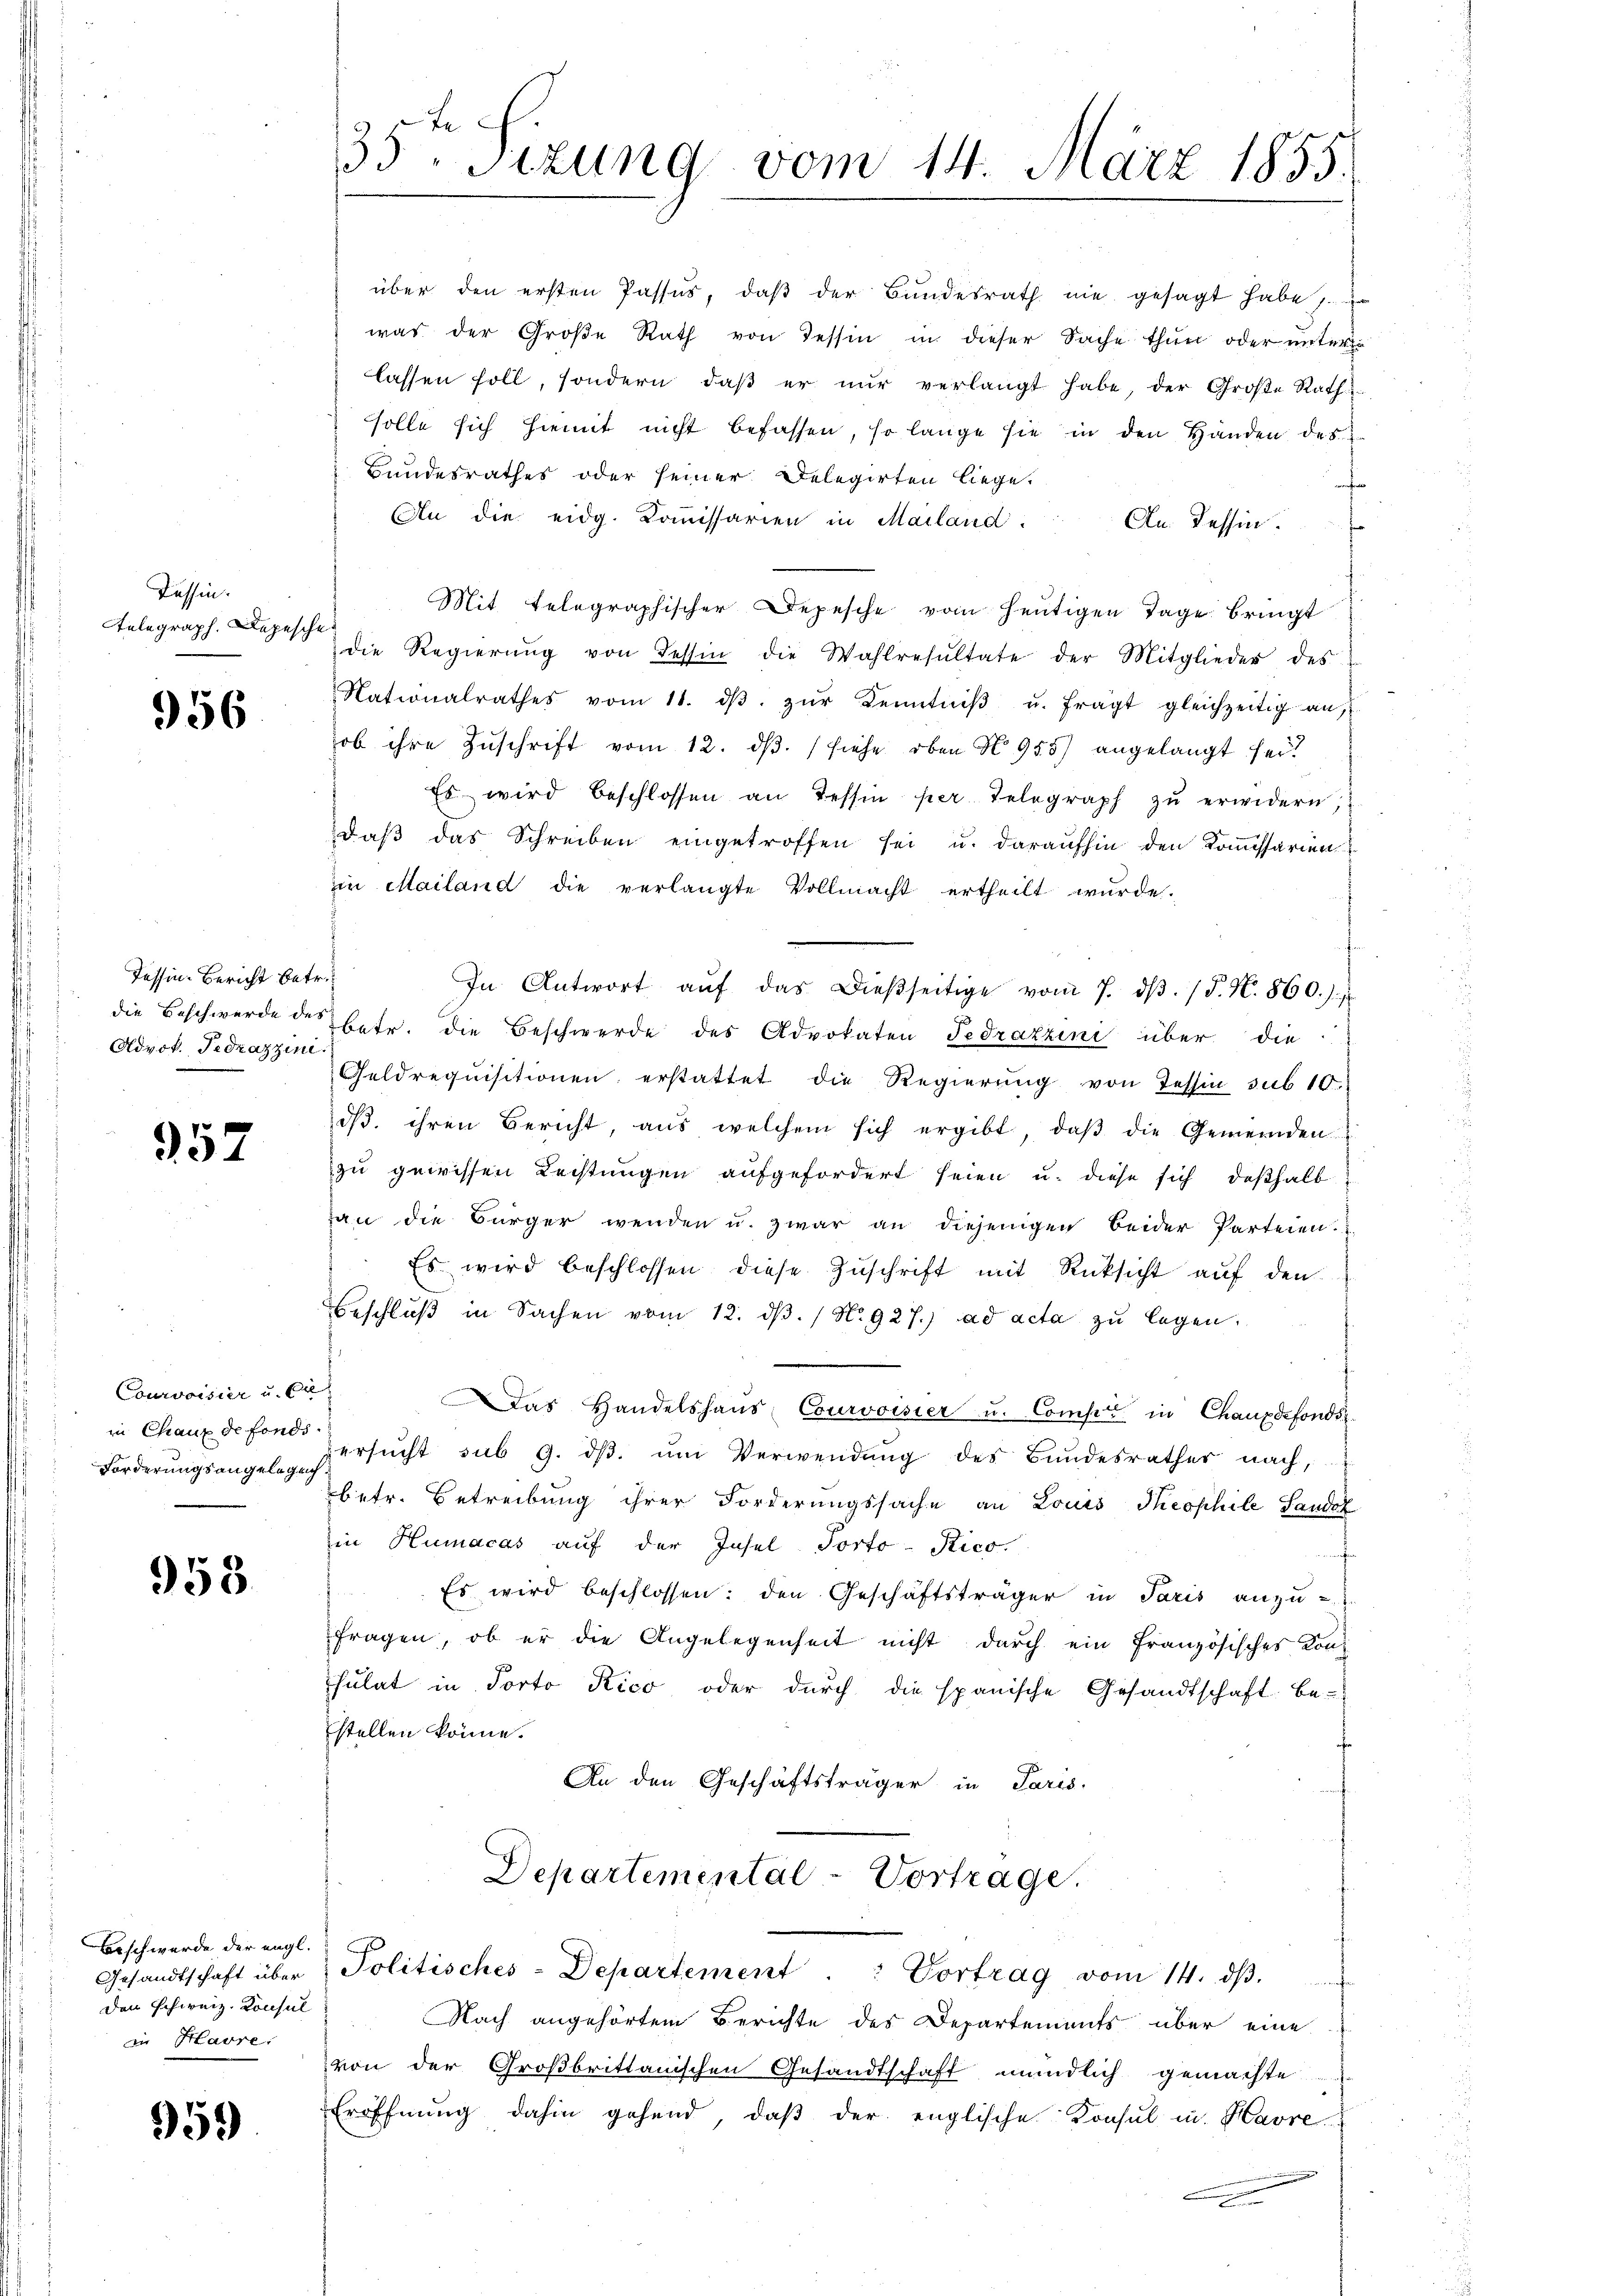
Tessin.
Telegraph. Depesche

956

Tessin-Bericht betr.
die Beschwerde des
Advot. Fedrazzini.

957

Courvoisier u. Er
in Chaux de fonds.
Forderungsangelegen

958

Bisch wurde der engl.
Gesandtschaft über
den schweiz. Konsul
in Havre:

959

35. Sitzung vom 14. März 1855.

über den ersten Passes, daβ der Bŭndesrath nie gesagt habe,
was der Große Rath von Tessin in dieser Sache thur oder untere
lassen soll, sondern daβ er nŭr verlangt habe, der Große Rath
solle sich hiemit nicht befassen, so lange sie in den Handen des
Bundesrathes oder seiner Delegirten liege.
f
An die eidg. Commissarien in Mailand.
Cln. Tessin.
Mit telegraphischer Depesche vom heutigen Tage bringt
die Regierŭng von dessin die Wahlresŭltate der Mitglieder des
Nationalrathes vom 11. dβ zŭr Kenntniβ u. fragt gleichzeitig an,
ob ihre Zuschrift vom 12. dβ. (siehe oben No 955) angelangt seit
Es wird beschlossen an Tessin per Telegraph zŭ erwidern,
daβ das Schreiben eingetroffen sei u. daraufhin den Kommissarien
in Mailand die verlangte Vollmacht ertheilt wurde.
In Antwort aŭf das Dieβseitige vom 7. dβ. / P. N. 860.)
betr. die Beschwerde des Advokaten Fedrazzini über die
Geldrequisitionen erstattet die Regierŭng von Tessin sub 10
dβ. ihren Bericht, aus welchem sich ergibt, daβ die Gemeinden
zu gewissen Rechtungen aufgefordert seien u. diese sich deßhalb
gan die Bürger wenden u. zwar an diejenigen beider Parteien.
Es wird beschlossen diese Zuschrift mit Rücksicht auf den
Beschlŭβ in Sachen vom 12. dβ. / No. 927.) ad acta zu legen.
Das Handelshaŭs Courvoisier u. Compen in Chauxdefonds
ersucht sub 9. dβ. um Verwendung des Bundesrather nach,
betr. Betreibung ihrer Forderungssache an Louis Theophile Sandoz
in Humacas auf der Insel Porto-Rico.
 Es wird beschlossen: den Geschäftsträger in Paris anzu-
fragen, ob er die Angelegenheit nicht durch ein französisches Konsulat in Porto Kico oder durch die spanische Gesandtschaft be-
stellen könne.
An den Geschäftsträger in Paris.
Departemental-Vortrage.
Politisches-Departement. Vortrag vom 14. dβ.
Nach angehörtem Berichte des Departements über eine
von der Großbrittanischen Gesandtschaft mündlich gemachte
Eröffnung dahin gehend, daß der englische Konsul in Havre

e